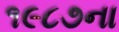
૧૯૮૭ના